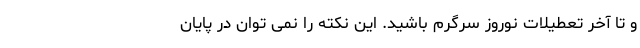
و تا آخر تعطیلات نوروز سرگرم باشید. این نکته را نمی توان در پایان